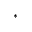
\ast